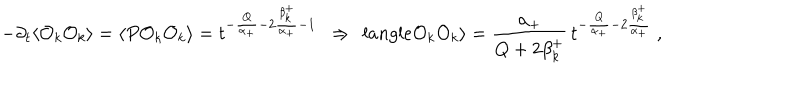
LaTeX: - \partial _ { t } \langle { \cal O } _ { k } { \cal O } _ { k } \rangle = \langle P { \cal O } _ { k } { \cal O } _ { k } \rangle = t ^ { - { \frac { Q } { \alpha _ { + } } } - 2 { \frac { \beta _ { k } ^ { + } } { \alpha _ { + } } } - 1 } \ \ \Rightarrow \ \, l a n g l e { \cal O } _ { k } { \cal O } _ { k } \rangle = { \frac { \alpha _ { + } } { Q + 2 \beta _ { k } ^ { + } } } \, t ^ { - { \frac { Q } { \alpha _ { + } } } - 2 { \frac { \beta _ { k } ^ { + } } { \alpha _ { + } } } } \ ,